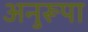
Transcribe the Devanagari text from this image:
अनुरूपा